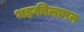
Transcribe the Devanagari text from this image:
भड़कीलापन